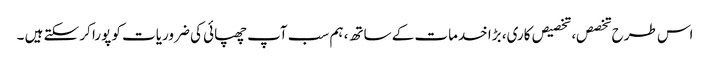
اس طرح تخصص، تخصیص کاری، بڑا خدمات کے ساتھ، ہم سب آپ چھپائی کی ضروریات کو پورا کر سکتے ہیں ۔